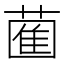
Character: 𮐩